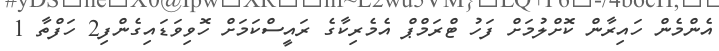
އެންމެން ހައިރާން ކޮށްލުމަށް ފަހު ޓްރަމްޕް އެމެރިކާގެ ރައީސްކަމަށް ހޮވިވަޑައިގެންފި2 ހަފްތާ 1